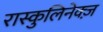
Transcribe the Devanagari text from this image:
रास्कुलिनेक्ज़